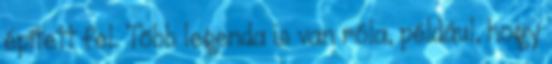
épített fel. Több legenda is van róla, például, hogy